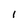
Character: I